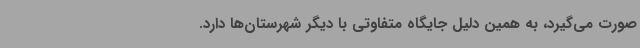
صورت می‌گیرد، به همین دلیل جایگاه متفاوتی با دیگر شهرستان‌ها دارد.